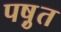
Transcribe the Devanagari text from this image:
पष़ुत